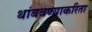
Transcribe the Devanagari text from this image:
थांबवण्याकरिता